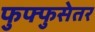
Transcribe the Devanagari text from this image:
फुफ्फुसेतर